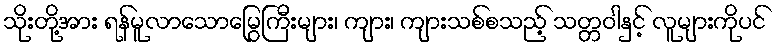
သိုးတို့အား ရန်မူလာသောမြွေကြီးများ၊ ကျား၊ ကျားသစ်စသည့် သတ္တဝါနှင့် လူများကိုပင်